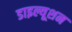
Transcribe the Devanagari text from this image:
डाइल्यूशन